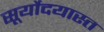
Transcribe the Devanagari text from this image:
सूर्योदयास्त